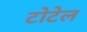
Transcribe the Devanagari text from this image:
टोटेल